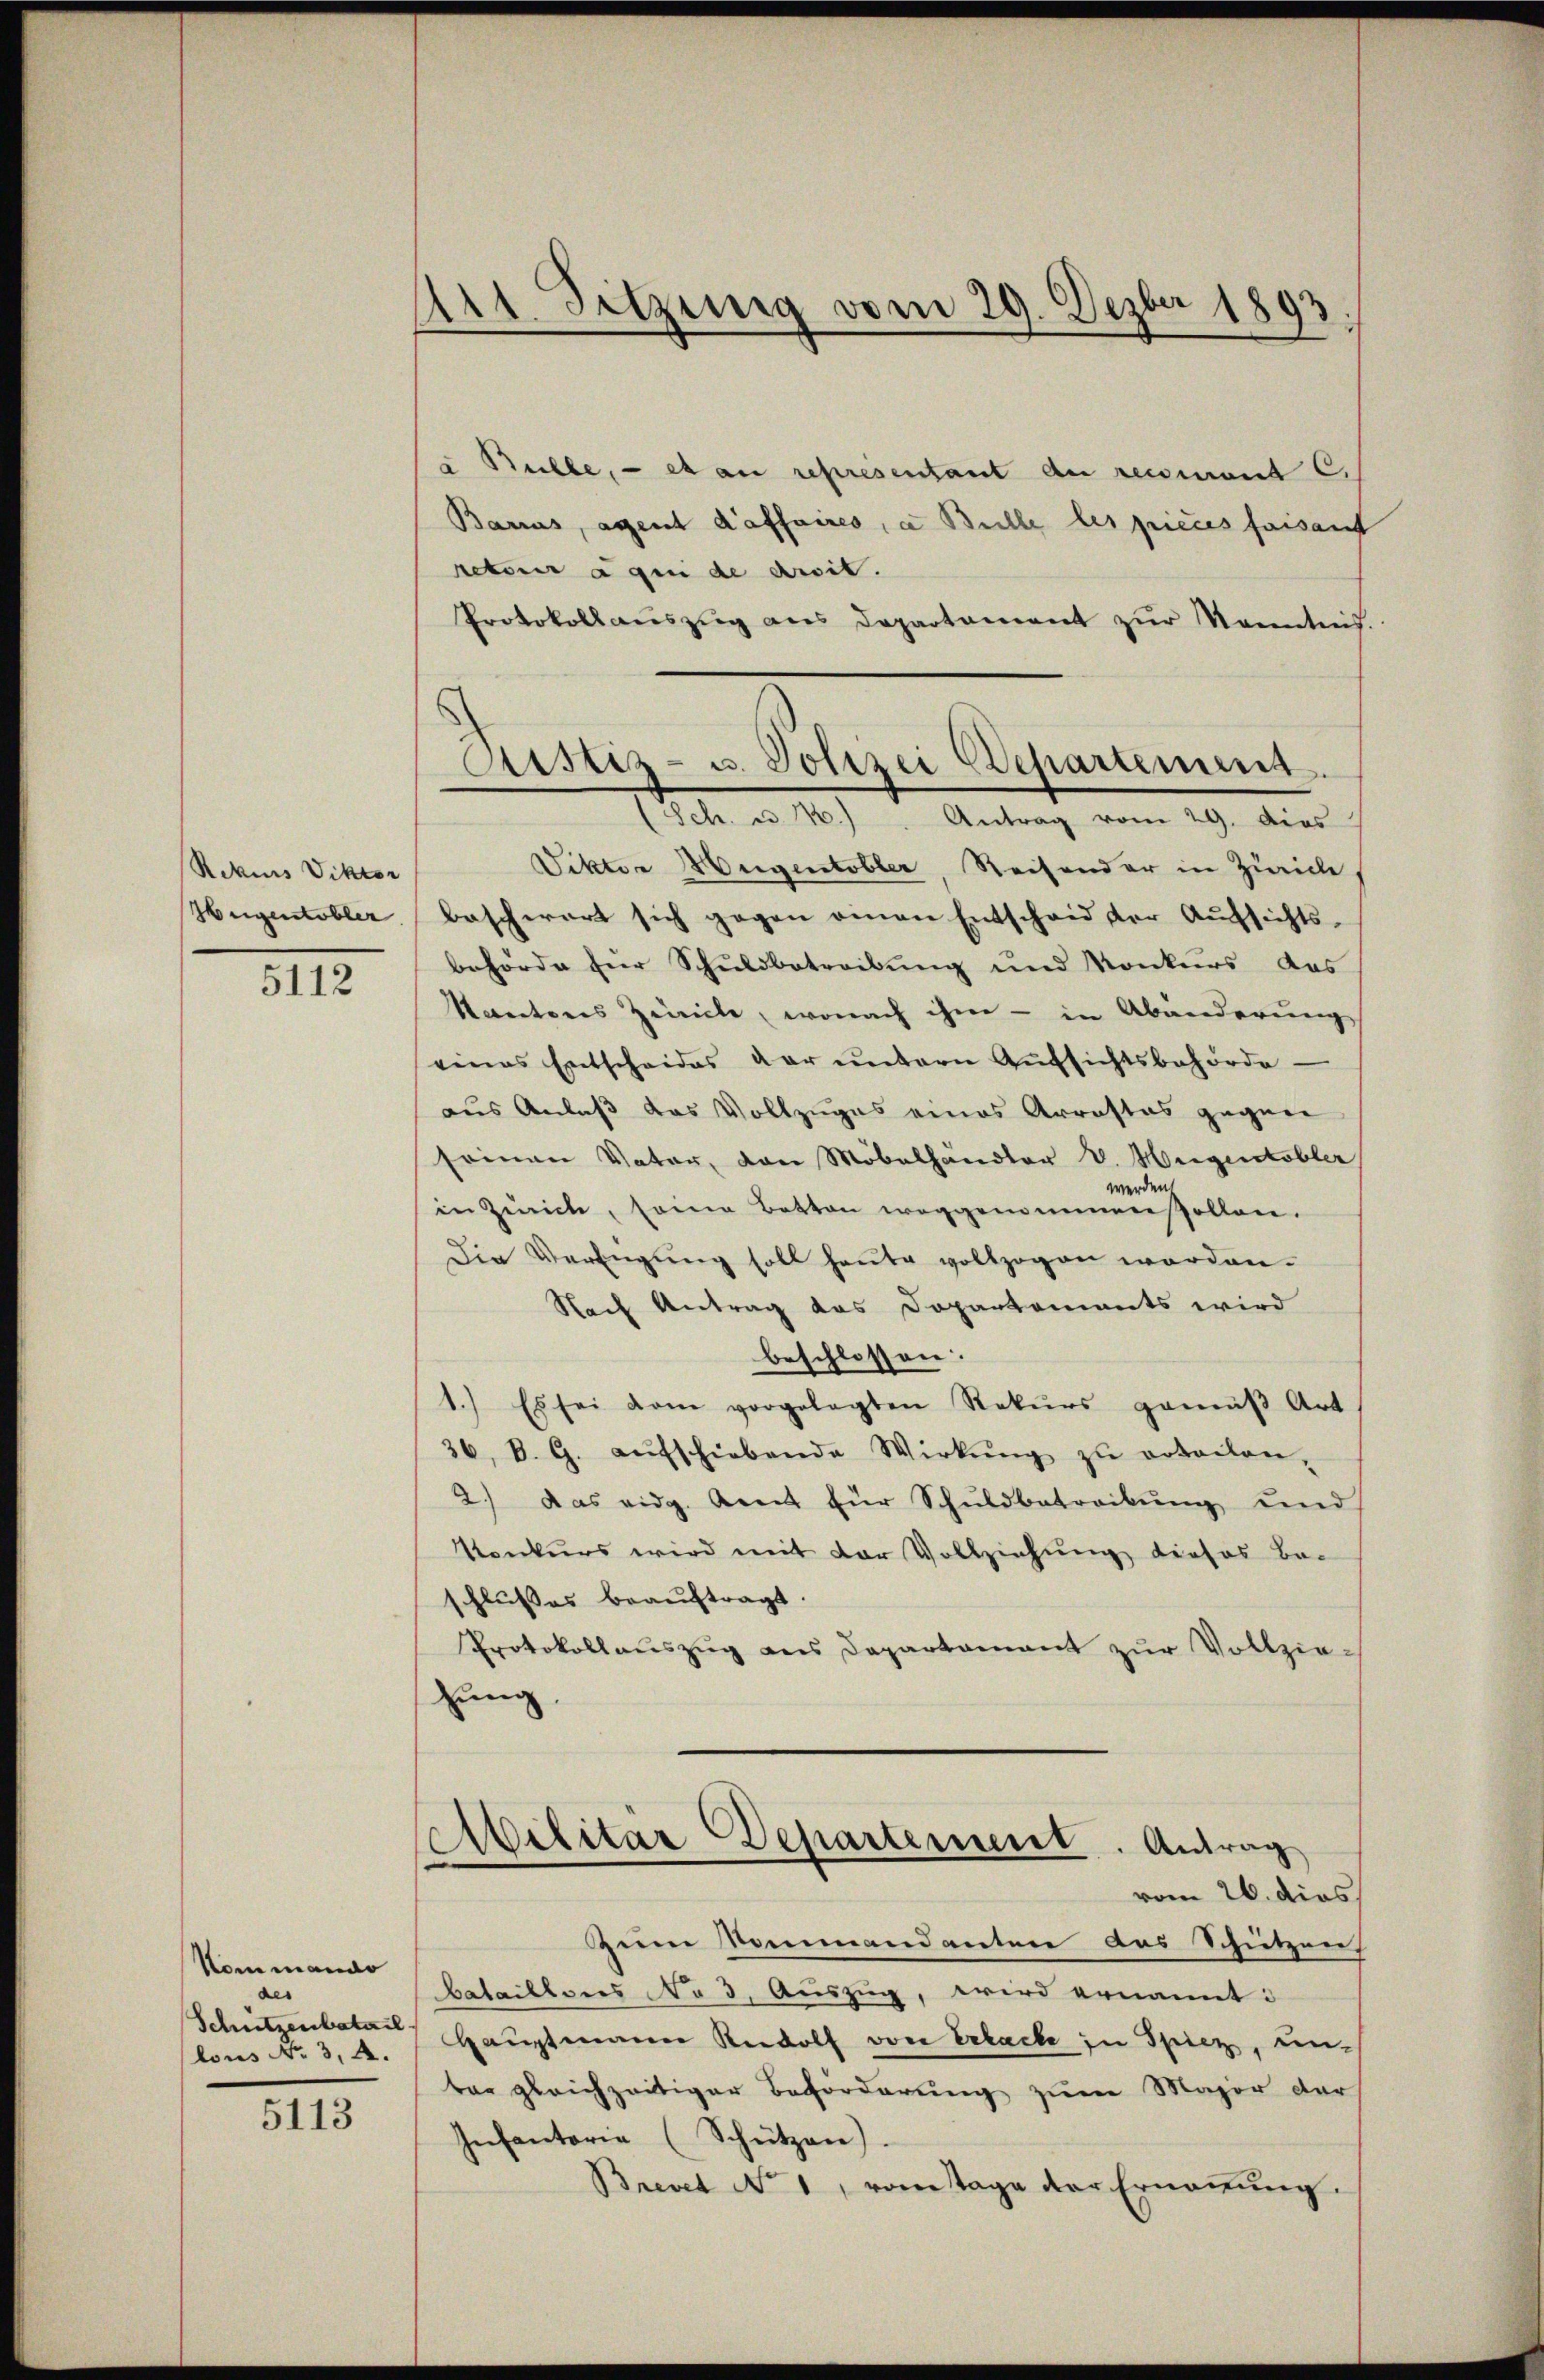
Rekurs Viktor
Heigentobler

5112

Kommando
des
Schützenbatail
lons No. 3, 4.

5113

Art. Sitzung vom 29. Dezbr 1893

u Bühle, et an representant de recurant C.
Barius, agent d’affaires, a Bulle les pieces faisanf
reterer agin de arsit.
Protokoll aŭszŭg ans Departament zŭr Kenntnis.

Astiz- u. Polizei Departement.
(Sch. u 1.) Antrag vom 29. dies

Viktor Weigentobler, Reisender in Zürich
beschwert sich gegen amen Entscheid der Aufsichts-
behörde für Schŭldbetreibŭng und Konkurs das
Varatores Zivile, wonach ihme - in Abänderung
eines Entscheides der ŭntern Aŭfsichtsbehörde
aus Anlaß das Vollzuges eines Arrastas gegen
seinen Vater, von Möbelhändler V. Weigentobler
der
w
in Zürich, seine Botten weggenommen sollen.
Die Verfügŭng soll heŭte vollzogen worden.
Nach Antrag das Dopartements wird
beschlossen:
1.) Es sei vom vorgelegten Rekŭrs gemäβ Art
36, B. G. aufschiebende Wirkŭng zŭ orteilen,
2.) Das eidg. Amt für Schŭldbetreibŭng und
Konkurs wird mit der Vollziehung dieses Be-
schlusses beauftragt
Protokollauszug aus Departament zur Vollziehung,

Militär Departement. Antrag
vom 26. dies

Zeim Sommandanten das Schützen
bataillons No 3. Auszug, wird ernannt:
Hauptmann Rudolf von Erlacke in Spiez, un-
bar gleichzeitiger Beforderung zum Major der
Infantorie (Schützen)
Brevet No 1, vom Tage der Erneṅŭng.